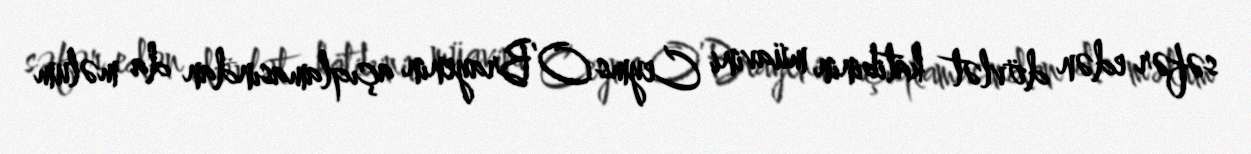
səfər edən dövlət katibinin müavini Ceyms O’Brayenin açıqlamasından da məlum